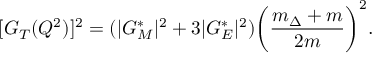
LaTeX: [ G _ { T } ( Q ^ { 2 } ) ] ^ { 2 } = ( | G _ { M } ^ { * } | ^ { 2 } + 3 | G _ { E } ^ { * } | ^ { 2 } ) \bigg ( \frac { m _ { \Delta } + m } { 2 m } \bigg ) ^ { 2 } .